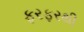
ફરફરથી